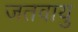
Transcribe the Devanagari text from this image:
जतवायु